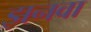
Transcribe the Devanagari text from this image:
झनवा